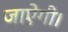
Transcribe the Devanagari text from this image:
जाऐंगी।